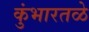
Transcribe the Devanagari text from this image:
कुंभारतळे